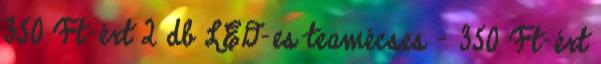
350 Ft-ért 2 db LED-es teamécses - 350 Ft-ért